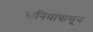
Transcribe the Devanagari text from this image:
स्वनिमांपासून